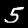
Label: 5